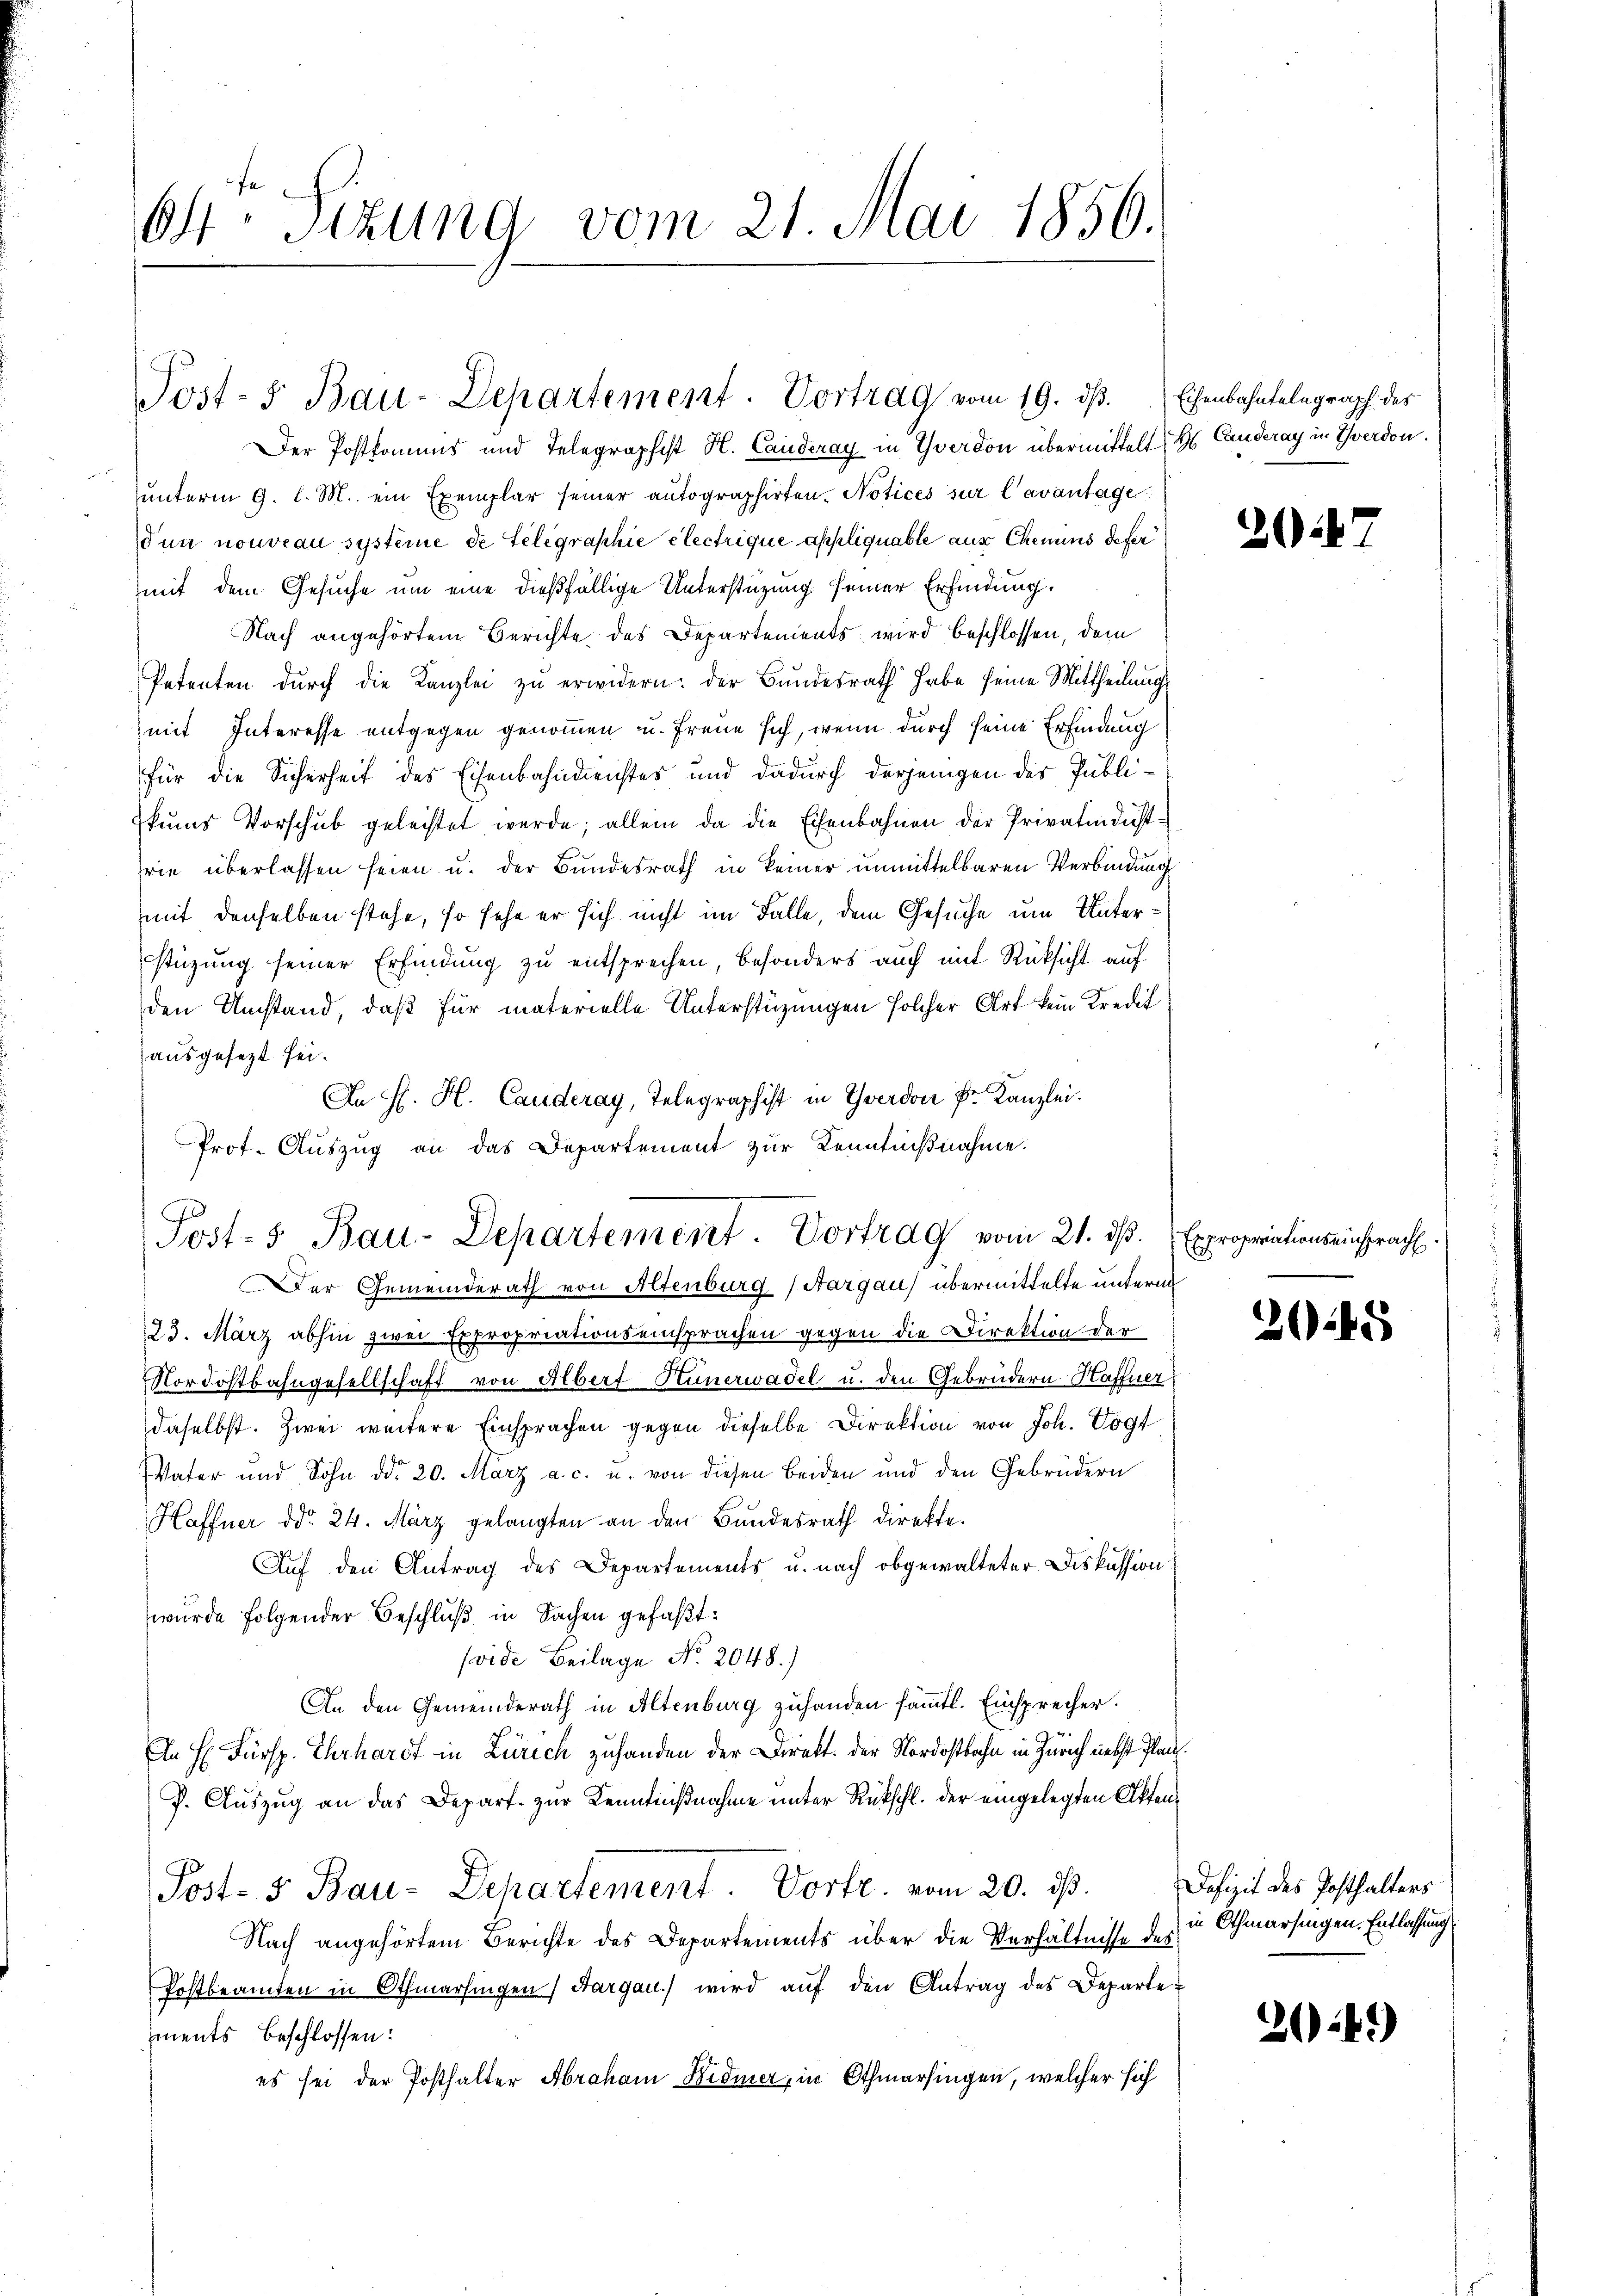
64. Situng vom 21. Mai 1856.

Post- 5. Bau-Departement. Vortrag vom 19. dβ. Eisenbahntelegraph. des

Der Postkomms und Telegraphist H. Canderay in Yverdon übermittelt. H. Canderay in Yverdon.
unterm 9. l. M. ein Exemplar seiner autographirten Notices sur l’avantagen
dun nouveau système de Gelegraphie electrique appliquable aus Chemins defer
mit dem Gesuche um eine dießfällige Unterstüzung seiner Erfindung.
Nach angehörtem Berichte des Departements wird beschlossen, dem
Petenten durch die Kanzlei zu erwidern: der Bundesrath habe seine Mittheilungs
mit Interesse entgegen genommen u. freue sich, wenn durch seine Erfindung
für die Sicherheit des Eisenbahndienstes und dadurch derjenigen des Publikums Vorschub geleistet werde; allein da die Eisenbahnen der Privatindustrie überlassen seien u. der Bundesrath in keiner unmittelbaren Verbindung
mit denselben stehe, so sehe er sich nicht im Falle, dem Gesuche um Unterstüzung seiner Erfindung zu entsprechen, besonders auch mit Rücksicht auf
den Umstand, daß für materielle Unterstüzungen solcher Art kein Kredit
ausgesezt sei.
An H. H. Canderay, Telegraphist in Theodor Dr. Kanzlei.
Prof. Auszug an das Departement zur Kenntnißnahme.
Der Gemeinderath von Altenburg (Aargau) übermittelte unterm
23. März abhin zwei Expropriationseinsprachen gegen die Direktion der
Nordostbahngesellschaft von Albert Hünerwadel u. den Gebrüdern Haffner
daselbst. Zwei weitere Einsprachen gegen dieselbe Direktion von Joh. Vogt
Vater und Sohn ddo 20. März a. c. u. von diesen beiden und den Gebrüdern
Haffner ddo 24. März gelangten an den Bundesrath direkte.
Auf den Antrag des Departements u. nach obgewalteter Diskussion
wurde folgender Beschluß in Sachen gefaßt:
vide Beilage No. 2048.)
An den Gemeinderath in Altenburg zuhanden sämmtl. Einsprecher.
In H. Fürsp. Ehrhardt in Zürich zuhanden der Direkt. der Nordostbahn in Zürich nebst Plan.
P. Auszug an das Depart zur Kenntnißnahme unter Rückschl. der eingelegten Akten¬
Post- 5. Bau-Departement. Vorte. vom 20. ds.
Nach angehörtem Berichte des Departements über die Verhältnisse des
Postbeamten in Othmarsingen Sargau) wird aŭf den Antrag des Departe
ments beschlossen:
es sei der Posthalter Abraham Widmer, in Othmarsingen, welcher sich

Post-s Bau-Departement. Vortrag vom 21. ds. Exprop

2

2048

ouseinspracht.

Definit des Posthalters
in Othmarsingen. Entlassung

243)